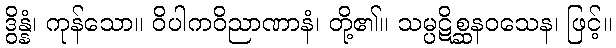
ဒွိန္နံ၊ ကုန်သော။ ဝိပါကဝိညာဏာနံ၊ တို့၏။ သမ္ပဋိစ္ဆနဝသေန၊ ဖြင့်။